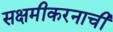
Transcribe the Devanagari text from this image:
सक्षमीकरनाची